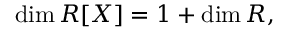
\dim R [ X ] = 1 + \dim R ,